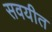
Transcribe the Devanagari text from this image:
सवयीत